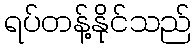
ရပ်တန့်နိုင်သည်